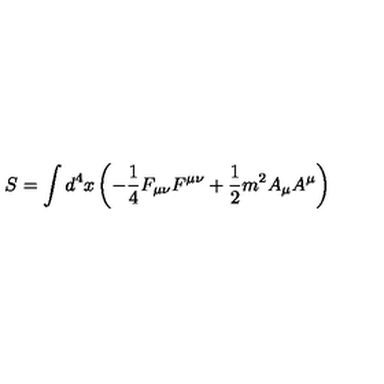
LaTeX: S = \int d ^ { 4 } x \left( - \frac { 1 } { 4 } F _ { \mu \nu } F ^ { \mu \nu } + \frac { 1 } { 2 } m ^ { 2 } A _ { \mu } A ^ { \mu } \right)